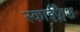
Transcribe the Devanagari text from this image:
स्काईफ्लैश